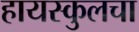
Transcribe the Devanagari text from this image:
हायस्कुलचा